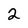
Character: 2